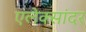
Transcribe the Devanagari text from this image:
एलेक्सांदर